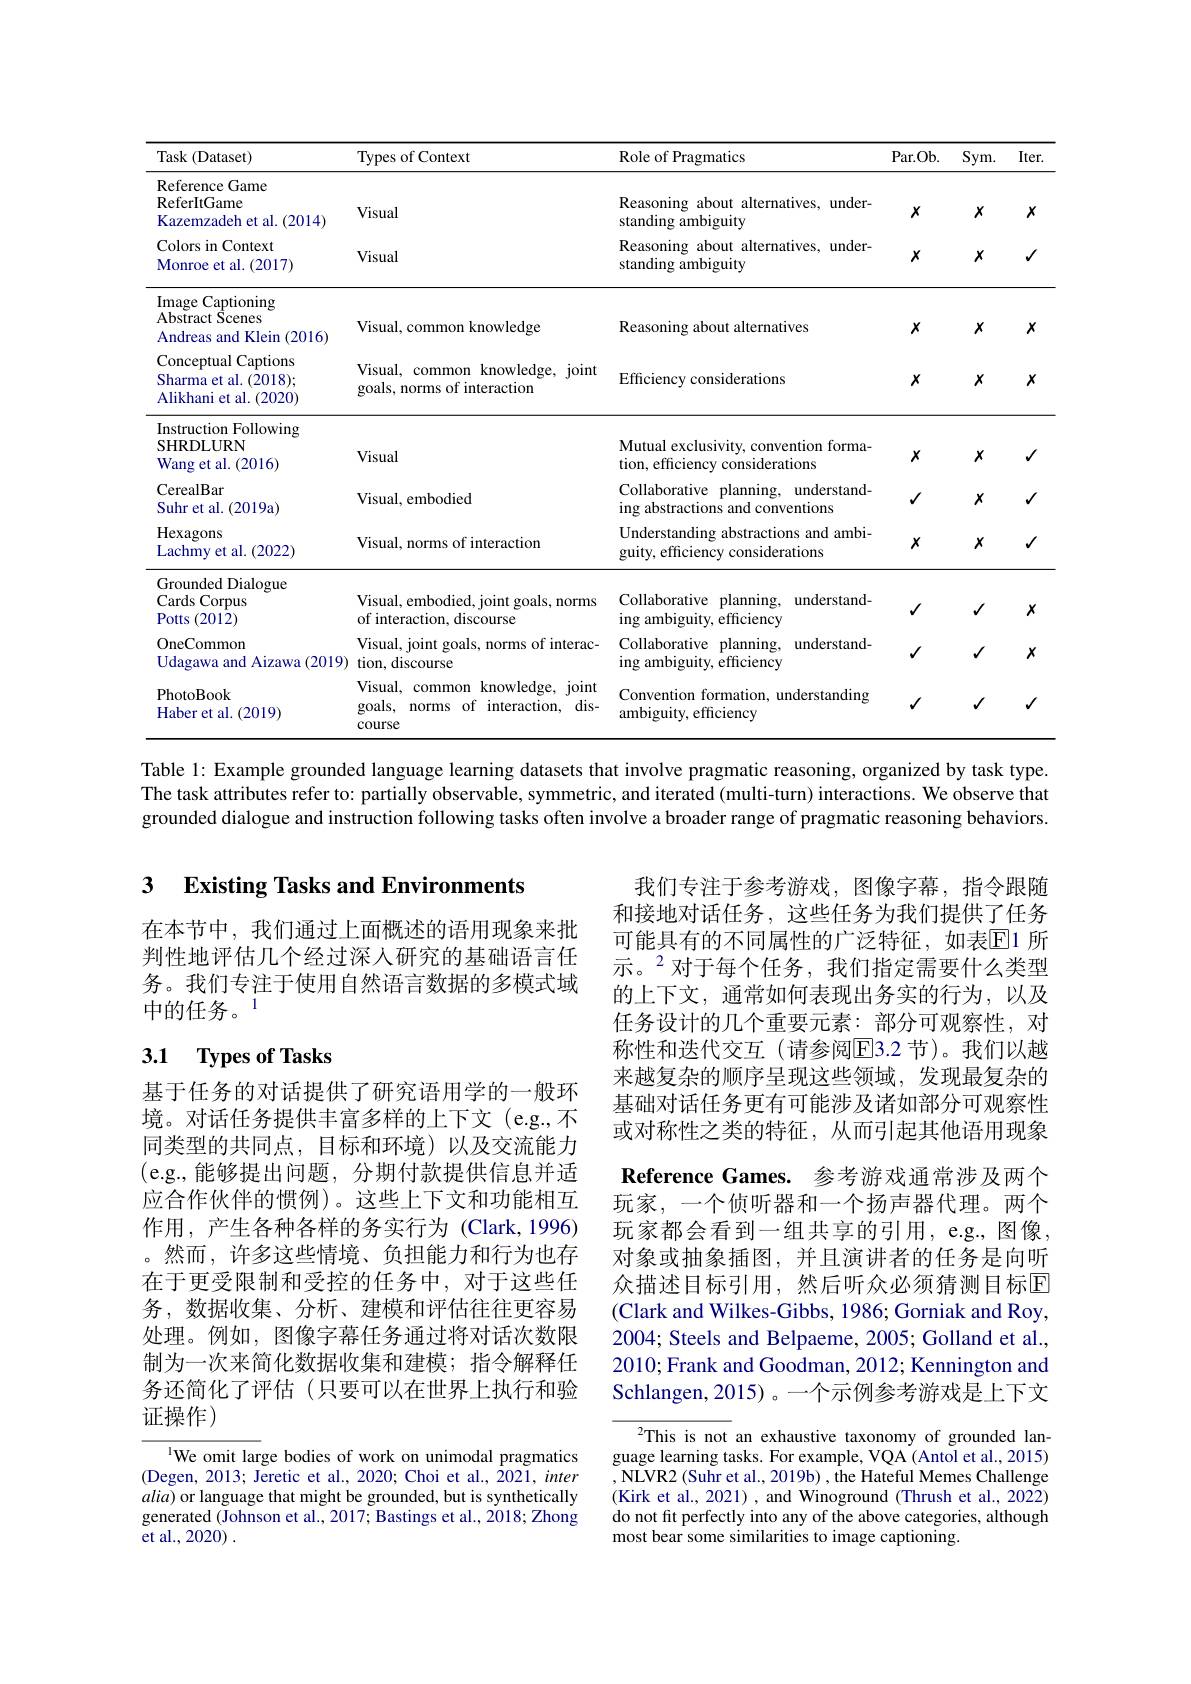
<table>
	<tbody>
		<tr>
			<th>$\operatorname{Task}($Dataset)</th>
			<th>Types of Context</th>
			<th>Role of Pragmatics</th>
			<th>Par. Ob. </th>
			<th>$Sym.$</th>
			<th>Iter</th>
		</tr>
		<tr>
			<td>Reference Game ReferItGame Kazemzadeh et al. (2014)</td>
			<td>Visual</td>
			<td>Reasoning about alternatives, under- standing ambiguity</td>
			<td>$X$</td>
			<td>$X$</td>
			<td>$X$</td>
		</tr>
		<tr>
			<td>Colors in Context Monroe et al. (2017)</td>
			<td>Visual</td>
			<td>Reasoning about alternatives, under- standing ambiguity</td>
			<td>$X$</td>
			<td>$X$</td>
			<td>$√$</td>
		</tr>
		<tr>
			<td>Image Captioning $\bar{\mathrm{Abstract~Scenes}}$ Andreas and Klein (2016)</td>
			<td>Visual, common knowledge</td>
			<td>Reasoning about alternatives</td>
			<td>$X$</td>
			<td>$X$</td>
			<td>$X$</td>
		</tr>
		<tr>
			<td>Conceptual Captions 11 Sharma et al. (2018); Alikhani et al. 1.(2020)</td>
			<td>Visual, $c$ common knowledge, joint goals, norms of interaction</td>
			<td>Efficiency considerations</td>
			<td>$X$</td>
			<td>$X$</td>
			<td>$X$</td>
		</tr>
		<tr>
			<td>Instruction Following SHRDLURN Wang et al. $\mathbf{l.}(2016)$</td>
			<td>Visual</td>
			<td>Mutual exclusivity, convention forma- tion, efficiency considerations</td>
			<td>$X$</td>
			<td>$X$</td>
			<td>$√$</td>
		</tr>
		<tr>
			<td>CerealBar Suhret al. (2019a)</td>
			<td>Visual, embodied</td>
			<td>Collaborative planning, understand- ing abstractions and conventions</td>
			<td>$√$</td>
			<td>$x$</td>
			<td>$\checkmark$</td>
		</tr>
		<tr>
			<td>Hexagons Lachmy et al. (2022)</td>
			<td>Visual, norms of interaction</td>
			<td>Understanding abstractions and ambi- guity, efficiency considerations</td>
			<td>$X$</td>
			<td>$x$</td>
			<td>$√$</td>
		</tr>
		<tr>
			<td>Grounded Dialogue Cards $\therefore\left(\frac{1}{2}\right)$ Corpus Potts (2012)</td>
			<td>Visual, embodied, joint goals, norms of interaction, discourse</td>
			<td>Collaborative planning, understand- ing ambiguity, efficiency</td>
			<td>$√$</td>
			<td>$√$</td>
			<td>$X$</td>
		</tr>
		<tr>
			<td>OneCommon Udagawa and Aizawa (2019)</td>
			<td>Visual, joint goals, norms of interac- tion, discourse</td>
			<td>Collaborative planning, understand- ing ambiguity, efficiency</td>
			<td>$√$</td>
			<td>$√$</td>
			<td>$x$</td>
		</tr>
		<tr>
			<td>PhotoBook Haber et al. (2019)</td>
			<td>Visual, common knowledge, joint norms of interaction, dis- goals, course</td>
			<td>Convention formation, understanding ambiguity, efficiency</td>
			<td>$√$</td>
			<td>$√$</td>
			<td>$√$</td>
		</tr>
	</tbody>
</table>

Table 1: Example grounded language learning datasets that involve pragmatic reasoning, organized by task type The task attributes refer to: partially observable, symmetric, and iterated (multi-turn) interactions. We observe that grounded dialogue and instruction following tasks often involve a broader range of pragmatic reasoning behaviors

## 3 $\textbf{Existing Tasks and Environments}$

在本节中，我们通过上面概述的语用现象来批判性地评估几个经过深人研究的基础语言任务。我们专注于使用自然语言数据的多模式域中的任务。1

# 3.1 Types of Tasks

我们专注于参考游戏，图像字幕，指令跟随和接地对话任务，这些任务为我们提供了任务可能具有的不同属性的广泛特征，如表$\mathbb{E}$1 所示。$^{2}$对于每个任务，我们指定需要什么类型的上下文，通常如何表现出务实的行为，以及任务设计的几个重要元素：部分可观察性，对称性和迭代交互(请参阅$\overline{\mathrm{E}}$3.2 节)。我们以越来越复杂的顺序呈现这些领域，发现最复杂的基础对话任务更有可能涉及诸如部分可观察性或对称性之类的特征，从而引起其他语用现象Reference Games. 参考游戏通常涉及两个玩家，一个侦听器和一个扬声器代理。两个玩家都会看到一组共享的引用，e.g., 图像对象或抽象插图，并且演讲者的任务是向听众描述目标引用，然后听众必须猜测目标区(Clark and Wilkes-Gibbs, 1986; Gorniak and Roy, 2004; Steels and Belpaeme, 2005; Golland et al., 2010; Frank and Goodman, 2012; Kennington and Schlangen, 2015) 。一个示例参考游戏是上下文

基于任务的对话提供了研究语用学的一般环境。对话任务提供丰富多样的上下文(e.g.,不同类型的共同点，目标和环境)以及交流能力(e.g.,能够提出问题，分期付款提供信息并适应合作伙伴的惯例)。这些上下文和功能相互作用，产生各种各样的务实行为(Clark,1996) 。然而，许多这些情境、负担能力和行为也存在于更受限制和受控的任务中，对于这些任务，数据收集、分析、建模和评估往往更容易处理。例如，图像字幕任务通过将对话次数限制为一次来简化数据收集和建模；指令解释任务还简化了评估(只要可以在世界上执行和验证操作)

$^{2}$This is not an exhaustive taxonomy of grounded language learning tasks. For example, VQA (Antol et al., 2015) ,NLVR2(Suhr et al., 2019b), the Hateful Memes Challenge (Kirk et al., 2021), and Winoground (Thrush et al., 2022) do not fit perfectly into any of the above categories, although most bear some similarities to image captioning.

$^{\text{l}}$We omit large bodies of work on unimodal pragmatics (Degen, 2013; Jeretic et al., 2020; Choi et al., 2021, inter $alia)$ or language that might be grounded, but is synthetically generated (Johnson et al., 2017; Bastings et al., 2018; Zhong et al., 2020) .